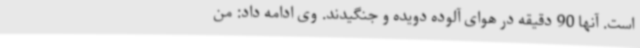
است. آنها 90 دقیقه در هوای آلوده دویده و جنگیدند. وی ادامه داد: من